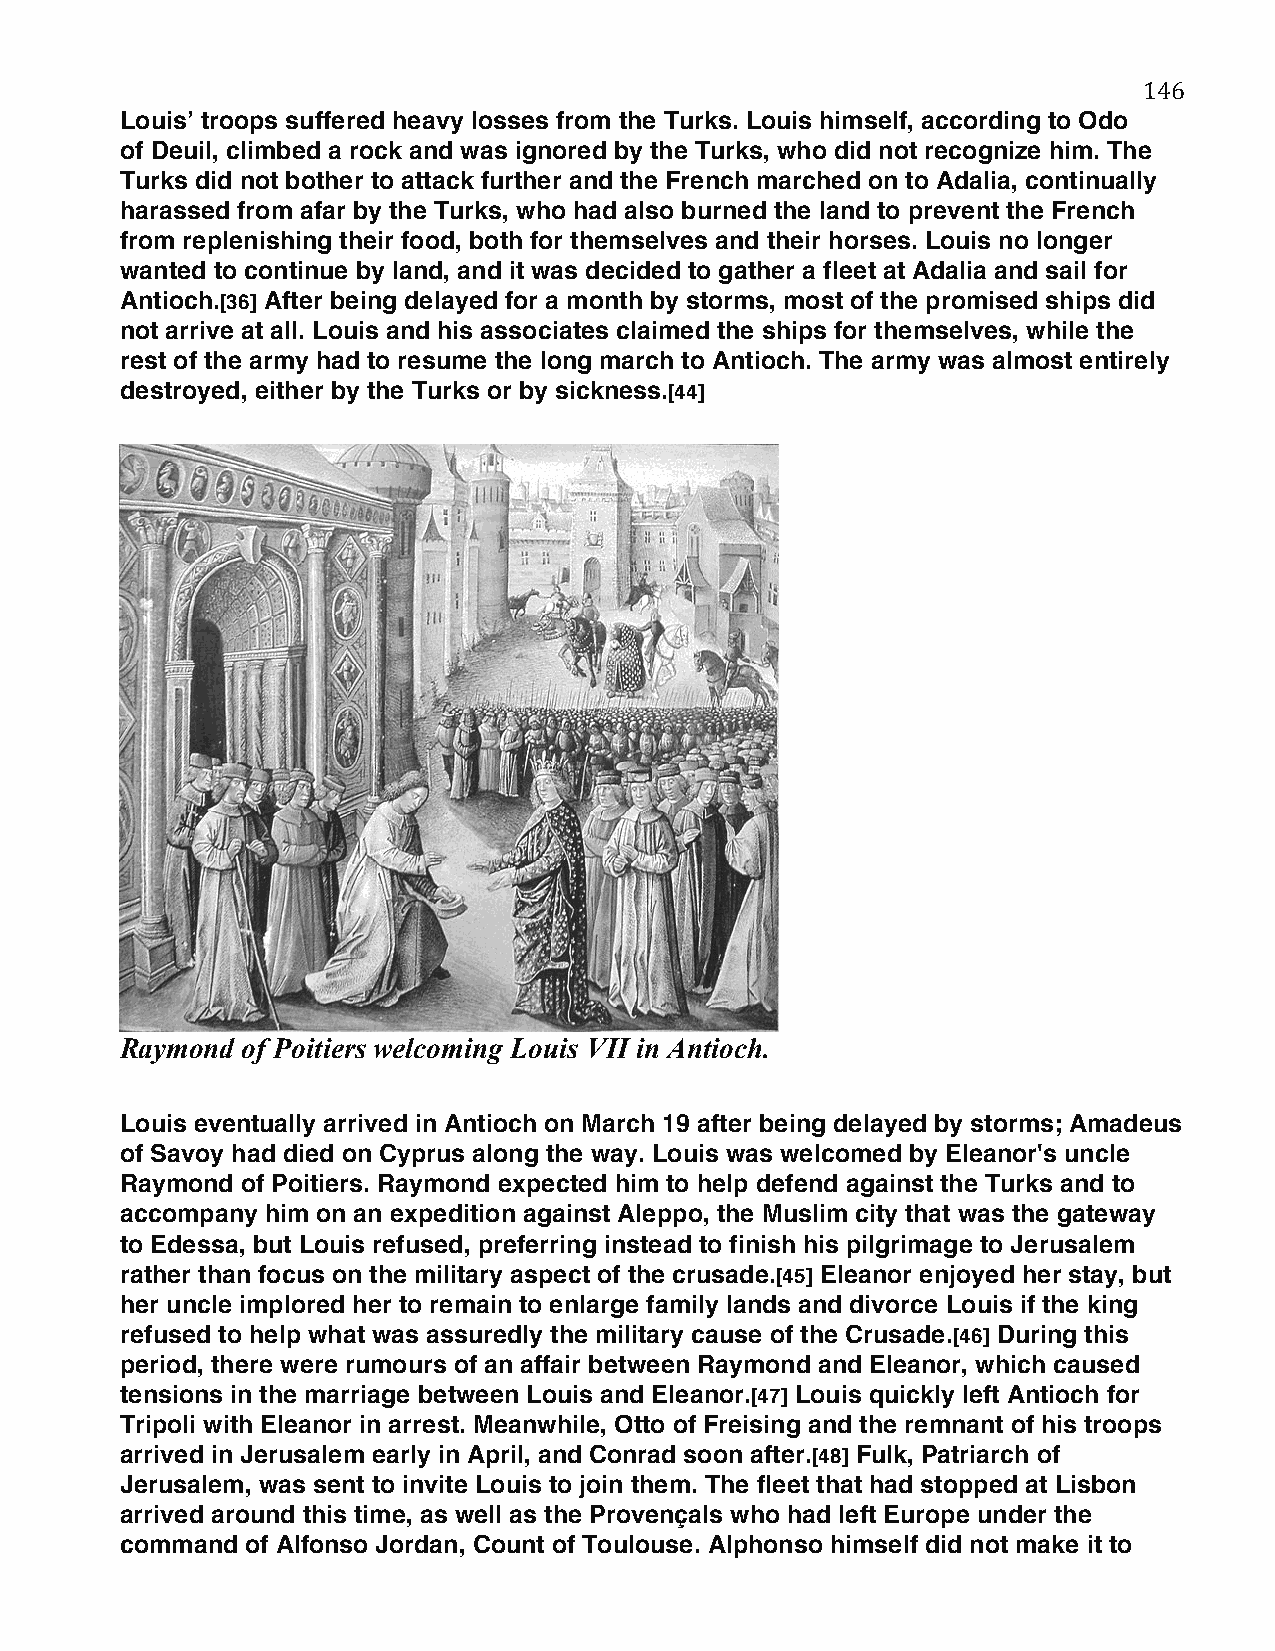
146
 Louis’ troops suffered heavy losses from the Turks. Louis himself, according to Odo
 of Deuil, climbed a rock and was ignored by the Turks, who did not recognize him. The
 Turks did not bother to attack further and the French marched on to Adalia, continually
 harassed from afar by the Turks, who had also burned the land to prevent the French
 from replenishing their food, both for themselves and their horses. Louis no longer
 wanted to continue by land, and it was decided to gather a fleet at Adalia and sail for
 Antioch.[36] After being delayed for a month by storms, most of the promised ships did
 not arrive at all. Louis and his associates claimed the ships for themselves, while the
 rest of the army had to resume the long march to Antioch. The army was almost entirely
 destroyed, either by the Turks or by sickness.[44]
 Raymond of Poitiers welcoming Louis VII in Antioch.
 Louis eventually arrived in Antioch on March 19 after being delayed by storms; Amadeus
 of Savoy had died on Cyprus along the way. Louis was welcomed by Eleanor's uncle
 Raymond of Poitiers. Raymond expected him to help defend against the Turks and to
 accompany him on an expedition against Aleppo, the Muslim city that was the gateway
 to Edessa, but Louis refused, preferring instead to finish his pilgrimage to Jerusalem
 rather than focus on the military aspect of the crusade.[45] Eleanor enjoyed her stay, but
 her uncle implored her to remain to enlarge family lands and divorce Louis if the king
 refused to help what was assuredly the military cause of the Crusade.[46] During this
 period, there were rumours of an affair between Raymond and Eleanor, which caused
 tensions in the marriage between Louis and Eleanor.[47] Louis quickly left Antioch for
 Tripoli with Eleanor in arrest. Meanwhile, Otto of Freising and the remnant of his troops
 arrived in Jerusalem early in April, and Conrad soon after.[48] Fulk, Patriarch of
 Jerusalem, was sent to invite Louis to join them. The fleet that had stopped at Lisbon
 arrived around this time, as well as the Provençals who had left Europe under the
 command of Alfonso Jordan, Count of Toulouse. Alphonso himself did not make it to